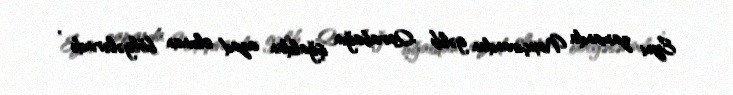
Eyni zamanda Naxçıvandan gəlib Qarabağın işğaldan azad olunan bölgələrində ,